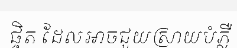
ផ្ចិត ដែលអាចជួយស្រាយបំភ្លឺ